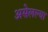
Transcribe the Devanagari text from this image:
असेलल्या